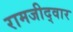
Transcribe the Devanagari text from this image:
रामजीद्वार